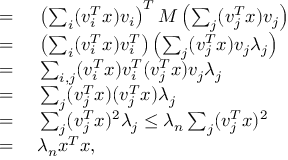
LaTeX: \begin{array} { r l } { = { } } & { { } \left( \sum _ { i } ( v _ { i } ^ { T } x ) v _ { i } \right) ^ { T } M \left( \sum _ { j } ( v _ { j } ^ { T } x ) v _ { j } \right) } \\ { = { } } & { { } \left( \sum _ { i } ( v _ { i } ^ { T } x ) v _ { i } ^ { T } \right) \left( \sum _ { j } ( v _ { j } ^ { T } x ) v _ { j } \lambda _ { j } \right) } \\ { = { } } & { { } \sum _ { i , j } ( v _ { i } ^ { T } x ) v _ { i } ^ { T } ( v _ { j } ^ { T } x ) v _ { j } \lambda _ { j } } \\ { = { } } & { { } \sum _ { j } ( v _ { j } ^ { T } x ) ( v _ { j } ^ { T } x ) \lambda _ { j } } \\ { = { } } & { { } \sum _ { j } ( v _ { j } ^ { T } x ) ^ { 2 } \lambda _ { j } \leq \lambda _ { n } \sum _ { j } ( v _ { j } ^ { T } x ) ^ { 2 } } \\ { = { } } & { { } \lambda _ { n } x ^ { T } x , } \end{array}